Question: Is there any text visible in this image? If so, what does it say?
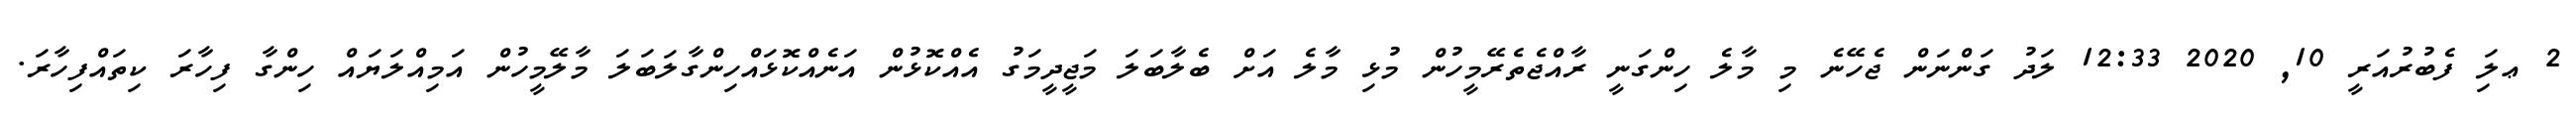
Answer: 2 ޢލަި ފެބުރުއަރީ 10, 2020 12:33 ލަދު ގަންނަން ޖެހޭނެ މި މާލެ ހިންގަނީ ރާއްޖެތެރޭމީހުން މުޅި މާލެ އަށް ބެލާބަލަ މަޖީދީމަގު އެއްކޮޅުން އަނެއްކޮޅައްހިންގާލަބަލަ މާލޭމީހުން އަމިއްލަޔައް ހިންގާ ފިހާރަ ކިތައްފިހާރަ.